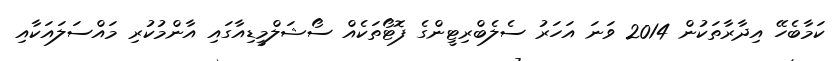
ކަމާބެހޭ އިދާރާތަކުން 2014 ވަނަ އަހަރު ސެލެބްރިޓީންގެ ފޮޓޯތަކެއް ސޯޝަލްމީޑިއާގައި އާންމުކުރި މައްސަލައަކާއި